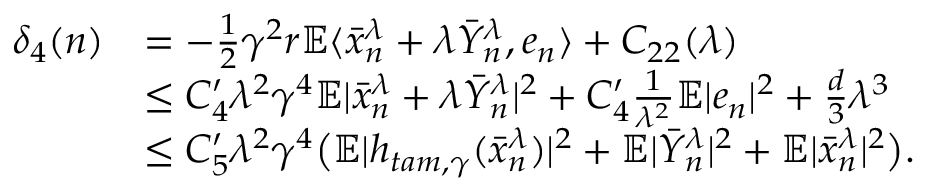
\begin{array} { r l } { \delta _ { 4 } ( n ) } & { = - \frac { 1 } { 2 } \gamma ^ { 2 } r \mathbb { E } \langle \bar { x } _ { n } ^ { \lambda } + \lambda \bar { Y } _ { n } ^ { \lambda } , e _ { n } \rangle + C _ { 2 2 } ( \lambda ) } \\ & { \leq C _ { 4 } ^ { \prime } \lambda ^ { 2 } \gamma ^ { 4 } \mathbb { E } | \bar { x } _ { n } ^ { \lambda } + \lambda \bar { Y } _ { n } ^ { \lambda } | ^ { 2 } + C _ { 4 } ^ { \prime } \frac { 1 } { \lambda ^ { 2 } } \mathbb { E } | e _ { n } | ^ { 2 } + \frac { d } { 3 } \lambda ^ { 3 } } \\ & { \leq C _ { 5 } ^ { \prime } \lambda ^ { 2 } \gamma ^ { 4 } \big ( \mathbb { E } | h _ { t a m , \gamma } ( \bar { x } _ { n } ^ { \lambda } ) | ^ { 2 } + \mathbb { E } | \bar { Y } _ { n } ^ { \lambda } | ^ { 2 } + \mathbb { E } | \bar { x } _ { n } ^ { \lambda } | ^ { 2 } \big ) . } \end{array}